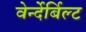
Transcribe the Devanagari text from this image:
वेर्न्देर्बिल्ट